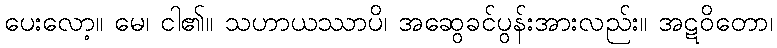
ပေးလော့။ မေ၊ ငါ၏။ သဟာယဿာပိ၊ အဆွေခင်ပွန်းအားလည်း။ အဋဝိတော၊